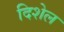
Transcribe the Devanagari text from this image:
दिशेल